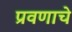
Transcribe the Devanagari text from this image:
प्रवणाचे